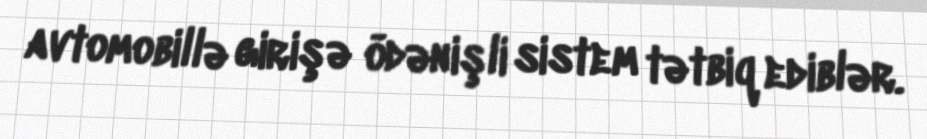
avtomobillə girişə ödənişli sistem tətbiq ediblər.